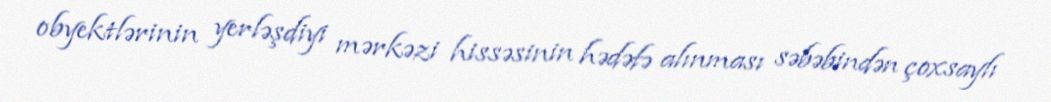
obyektlərinin yerləşdiyi mərkəzi hissəsinin hədəfə alınması səbəbindən çoxsaylı